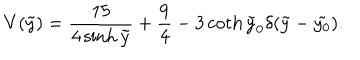
V ( \tilde { y } ) = \frac { 1 5 } { 4 \sinh { \tilde { y } } } + \frac { 9 } { 4 } - 3 \coth { \tilde { y } _ { 0 } } \delta ( \tilde { y } - \tilde { y _ { 0 } } ) .